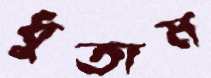
ধুতাম